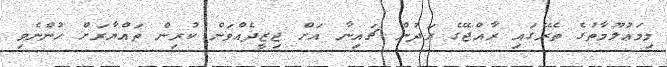
މިމަޢުލޫމާތުގެ ތެރޭގައި ރާއްޖޭގެ ރަދުން ޗައިނާ އަށް ޖިޒީދެއްވަން ކުރިން ތައްޔާރަށް ހުންނެވި